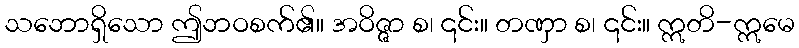
သဘောရှိသော ဤဘဝစက်၏။ အဝိဇ္ဇာ စ၊ ၎င်း။ တဏှာ စ၊ ၎င်း။ ဣတိ-ဣမေ